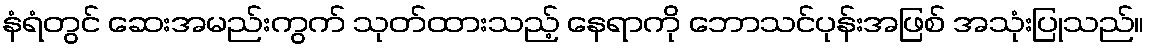
နံရံတွင် ဆေးအမည်းကွက် သုတ်ထားသည့် နေရာကို ဘောသင်ပုန်းအဖြစ် အသုံးပြုသည်။